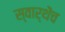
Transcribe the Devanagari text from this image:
स्वार्थेंच